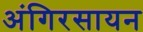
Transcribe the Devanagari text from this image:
अंगिरसायन